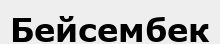
Бейсембек